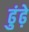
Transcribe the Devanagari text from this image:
ढुंढ़े